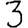
Digit: 3